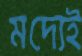
মদ্যেই